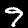
Digit: 9